Report of the Indian Hemp Drugs Commission, 1894-1895 - Volume IV
Year: 1894
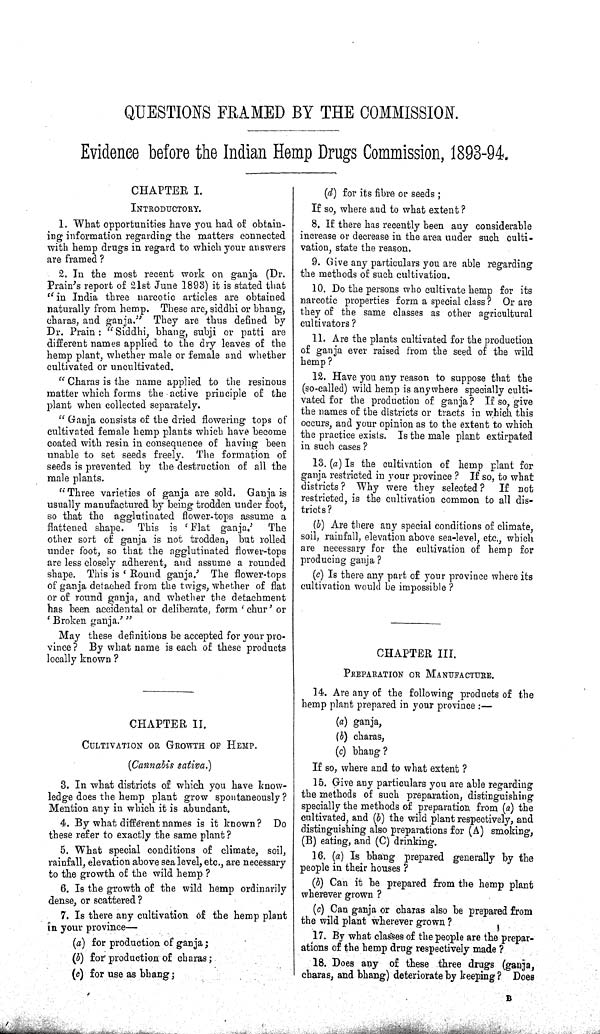
QUESTIONS FRAMED BY THE COMMISSION.
Evidence before the Indian Hemp Drugs Commission, 1893-94.
CHAPTER I.
INTRODUCTORY.
1. What opportunities have you had of obtain-
ing information regarding the matters connected
with hemp drugs in regard to which your answers
are framed?
2. In the most recent work on ganja (Dr.
Prain's report of 21st June 1893) it is stated that
"in India three narcotic articles are obtained
naturally from hemp. These are, siddhi or bhang,
charas, and ganja." They are thus defined by
Dr. Prain: "Siddhi, bhang, subji or patti are
different names applied to the dry leaves of the
hemp plant, whether male or female and whether
cultivated or uncultivated.
"Charas is the name applied to the resinous
matter which forms the active principle of the
plant when collected separately.
"Ganja consists of the dried flowering tops of
cultivated female hemp plants which have become
coated with resin in consequence of having been
unable to set seeds freely. The formation of
seeds is prevented by the destruction of all the
male plants.
"Three varieties of ganja are sold. Ganja is
usually manufactured by being trodden under foot,
so that the agglutinated flower-tops assume a
flattened shape. This is 'Flat ganja.' The
other sort of ganja is not trodden, but rolled
under foot, so that the agglutinated flower-tops
are less closely adherent, and assume a rounded
shape. This is 'Round ganja.' The flower-tops
of ganja detached from the twigs, whether of flat
or of round ganja, and whether the detachment
has been accidental or deliberate, form 'chur' or
'Broken ganja.'"
May these definitions be accepted for your pro-
vince? By what name is each of these products
locally known?
CHAPTER II.
CULTIVATION OR GROWTH OF HEMP.
(Cannabis sativa.)
3. In what districts of which you have know-
ledge does the hemp plant grow spontaneously?
Mention any in which it is abundant.
4. By what different names is it known? Do
these refer to exactly the same plant?
5. What special conditions of climate, soil,
rainfall, elevation above sea level, etc., are necessary
to the growth of the wild hemp?
6. Is the growth of the wild hemp ordinarily
dense, or scattered?
7. Is there any cultivation of the hemp plant
in your province—
(a) for production of ganja;
(b) for production of charas;
(c) for use as bhang;
(d) for its fibre or seeds;
If so, where and to what extent?
8. If there has recently been any considerable
increase or decrease in the area under such culti-
vation, state the reason.
9. Give any particulars you are able regarding
the methods of such cultivation.
10. Do the persons who cultivate hemp for its
narcotic properties form a special class? Or are
they of the same classes as other agricultural
cultivators?
11. Are the plants cultivated for the production
of ganja ever raised from the seed of the wild
hemp?
12. Have you any reason to suppose that the
(so-called) wild hemp is anywhere specially culti-
vated for the production of ganja? If so, give
the names of the districts or tracts in which this
occurs, and your opinion as to the extent to which
the practice exists. Is the male plant extirpated
in such cases?
13. (a) Is the cultivation of hemp plant for
ganja restricted in your province? If so, to what
districts? Why were they selected? If not
restricted, is the cultivation common to all dis-
tricts?
(b) Are there any special conditions of climate,
soil, rainfall, elevation above sea-level, etc., which
are necessary for the cultivation of hemp for
producing ganja?
(c) Is there any part of your province where its
cultivation would be impossible?
CHAPTER III.
PREPARATION OR MANUFACTURE.
14. Are any of the following products of the
hemp plant prepared in your province:—
(a) ganja,
(b) charas,
(c) bhang?
If so, where and to what extent?
15. Give any particulars you are able regarding
the methods of such preparation, distinguishing
specially the methods of preparation from (a) the
cultivated, and (b) the wild plant respectively, and
distinguishing also preparations for (A) smoking,
(B) eating, and (C) drinking.
16. (a) Is bhang prepared generally by the
people in their houses?
(b) Can it be prepared from the hemp plant
wherever grown?
(c) Can ganja or charas also be prepared from
the wild plant wherever grown?
17. By what classes of the people are the prepar-
ations of the hemp drug respectively made?
18. Does any of these three drugs (ganja,
charas, and bhang) deteriorate by keeping? Does
B